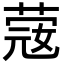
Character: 䓻